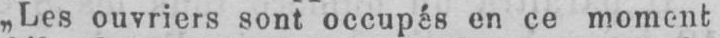
„Les ouvriers sont occupés en ce moment